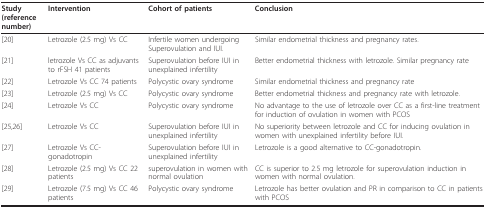
<table><thead><tr><td><b>Study(reference number)</b></td><td><b>Intervention</b></td><td><b>Cohort of patients</b></td><td><b>Conclusion</b></td></tr></thead><tbody><tr><td>[20]</td><td>Letrozole (2.5 mg) Vs CC</td><td>Infertile women undergoing Superovulation and IUI.</td><td>Similar endometrial thickness and pregnancy rates.</td></tr><tr><td>[21]</td><td>letrozole Vs CC as adjuvants to rFSH 41 patients</td><td>Superovulation before IUI in unexplained infertility</td><td>Better endometrial thickness with letrozole. Similar pregnancy rate</td></tr><tr><td>[22]</td><td>Letrozole Vs CC 74 patients</td><td>Polycystic ovary syndrome</td><td>Similar endometrial thickness and pregnancy rate</td></tr><tr><td>[23]</td><td>Letrozole (2.5 mg) Vs CC</td><td>Polycystic ovary syndrome</td><td>Better endometrial thickness and pregnancy rate with letrozole.</td></tr><tr><td>[24]</td><td>Letrozole Vs CC</td><td>Polycystic ovary syndrome</td><td>No advantage to the use of letrozole over CC as a first-line treatment for induction of ovulation in women with PCOS</td></tr><tr><td>[25,26]</td><td>Letrozole Vs CC</td><td>Superovulation before IUI in unexplained infertility</td><td>No superiority between letrozole and CC for inducing ovulation in women with unexplained infertility before IUI.</td></tr><tr><td>[27]</td><td>Letrozole Vs CC-gonadotropin</td><td>Superovulation before IUI in unexplained infertility</td><td>Letrozole is a good alternative to CC-gonadotropin.</td></tr><tr><td>[28]</td><td>Letrozole (2.5 mg) Vs CC 22 patients</td><td>superovulation in women with normal ovulation</td><td>CC is superior to 2.5 mg letrozole for superovulation induction in women with normal ovulation.</td></tr><tr><td>[29]</td><td>Letrozole (7.5 mg) Vs CC 46 patients</td><td>Polycystic ovary syndrome</td><td>Letrozole has better ovulation and PR in comparison to CC in patients with PCOS</td></tr></tbody></table>